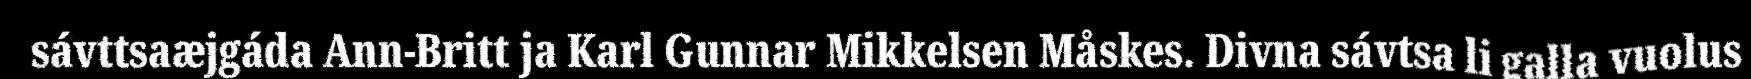
sávttsaæjgáda Ann-Britt ja Karl Gunnar Mikkelsen Måskes. Divna sávtsa li galla vuolus